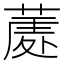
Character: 𮐣